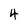
Character: 4